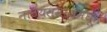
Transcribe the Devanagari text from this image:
नाटय़समाजमधून